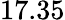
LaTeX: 17.35